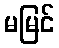
မမြင်